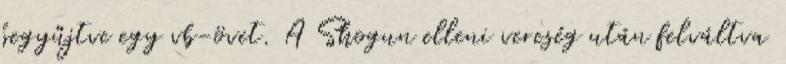
begyűjtve egy vb-övet. A Shogun elleni vereség után felváltva